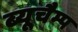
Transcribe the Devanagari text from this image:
ब्यूचैम्प